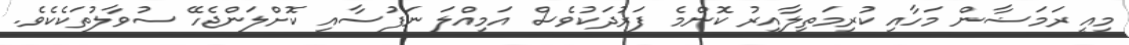
މިއީ ރަމަޟާން މަހާއި ކުރިމަތިލާއިރު ކޮންމެ ފަރުދަކުވެސް އަމިއްލަ ނަފުސާއި ކޮށްލަންޖެހޭ ސުވާލުތަކެކެވެ.